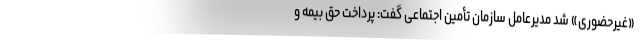
«غیرحضوری» شد مدیرعامل سازمان تأمین اجتماعی گفت: پرداخت حق بیمه و